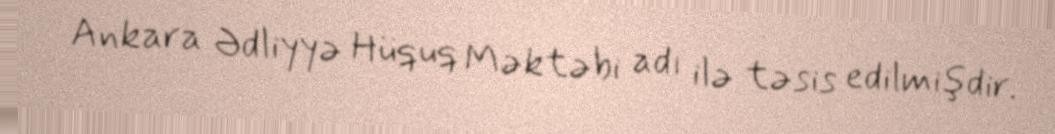
Ankara Ədliyyə Hüquq Məktəbi adı ilə təsis edilmişdir.